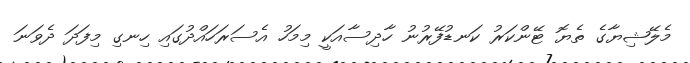
މެލޭޝިޔާގެ ތެޔޮ ޓޭންކަރު ކަނޑުފޭރުނު ހާދިސާއަކީ މިމަހު އެސަރަހައްދުގައި ހިނގި މިފަދަ ދެވަނަ